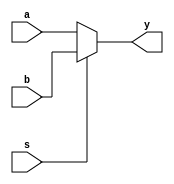
module mux_21_df(y,a,b,s);
  output y;
  input a,b,s;
  
  assign y=((s==0)?a:b);
endmodule


//tst bnch

module t_mux_21_df();
  wire y;
  reg a,b,s;
  
   mux_21_df a1(y,a,b,s);
  
  initial
  begin
  s= 1'b0;
  a= 1'b0;
  b = 1'b1;
  #50;
  
  s= 1'b1;
  a= 1'b0;
  b = 1'b1;
  #50;

end

endmodule